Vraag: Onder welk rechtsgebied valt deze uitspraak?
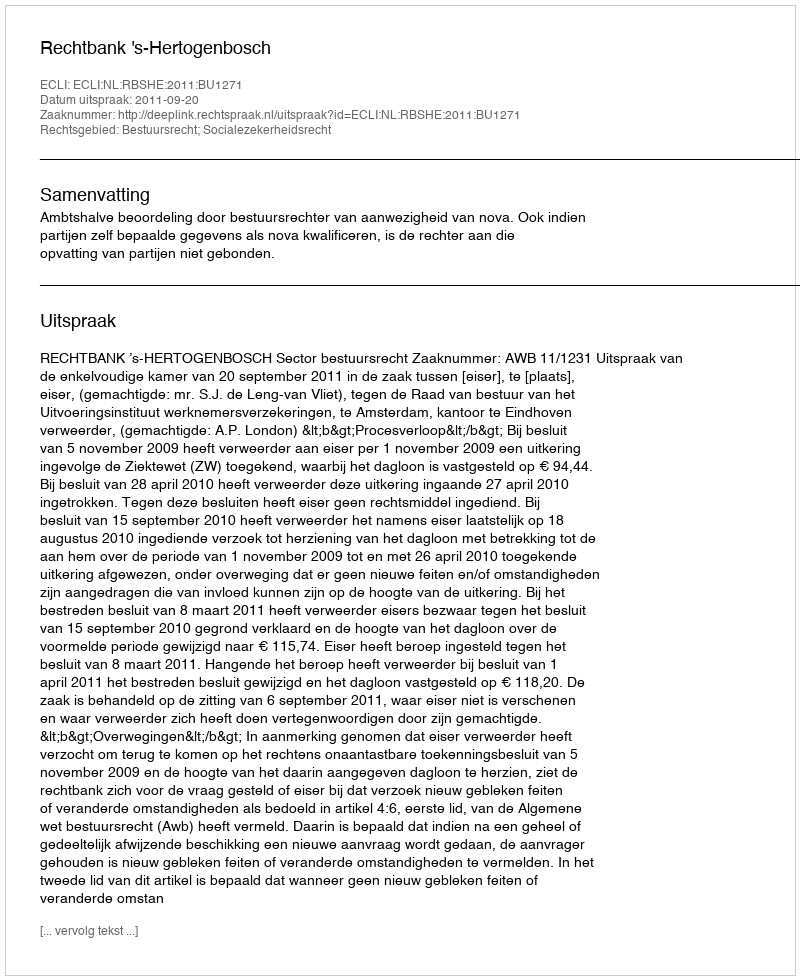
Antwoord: Bestuursrecht; Socialezekerheidsrecht